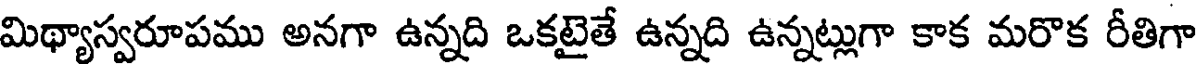
మిథ్యాస్వరూపము అనగా ఉన్నది ఒకటైతే ఉన్నది ఉన్నట్లుగా కాక మరొక రీతిగా